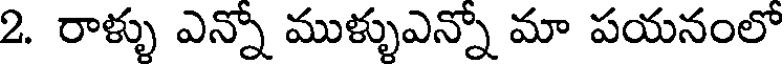
2. రాళ్ళు ఎన్నో ముళ్ళుఎన్నో మా పయనంలో